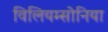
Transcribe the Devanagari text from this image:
विलियम्सोनिया